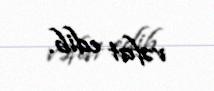
vəfat edib.